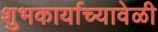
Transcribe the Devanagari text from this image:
शुभकार्याच्यावेळी